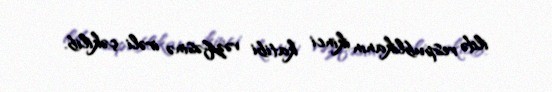
ildə respublikanın ikinci katibi vəzifəsinə irəli çəkilib.